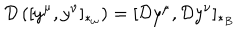
LaTeX: { \cal D } \left( [ y ^ { \mu } , y ^ { \nu } ] _ { \ast _ { \omega } } \right) = [ { \cal D } y ^ { \mu } , { \cal D } y ^ { \nu } ] _ { \ast _ { B } }